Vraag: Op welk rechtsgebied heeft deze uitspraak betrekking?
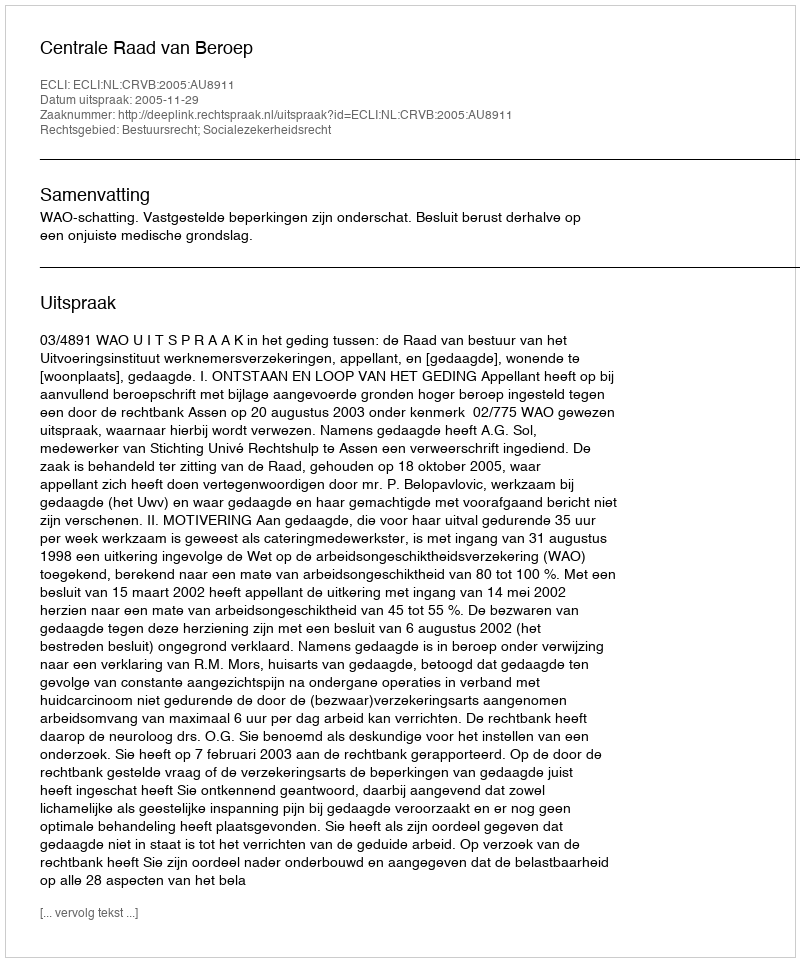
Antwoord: Bestuursrecht; Socialezekerheidsrecht